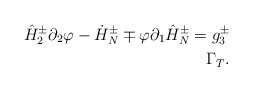
LaTeX: \begin{align*}\hat{H}_2^{\pm}\partial_2\varphi-\dot{H}^{\pm}_N\mp\varphi\partial_1\hat{H}^{\pm}_N=g^{\pm}_3\\ \Gamma_{T}.\end{align*}